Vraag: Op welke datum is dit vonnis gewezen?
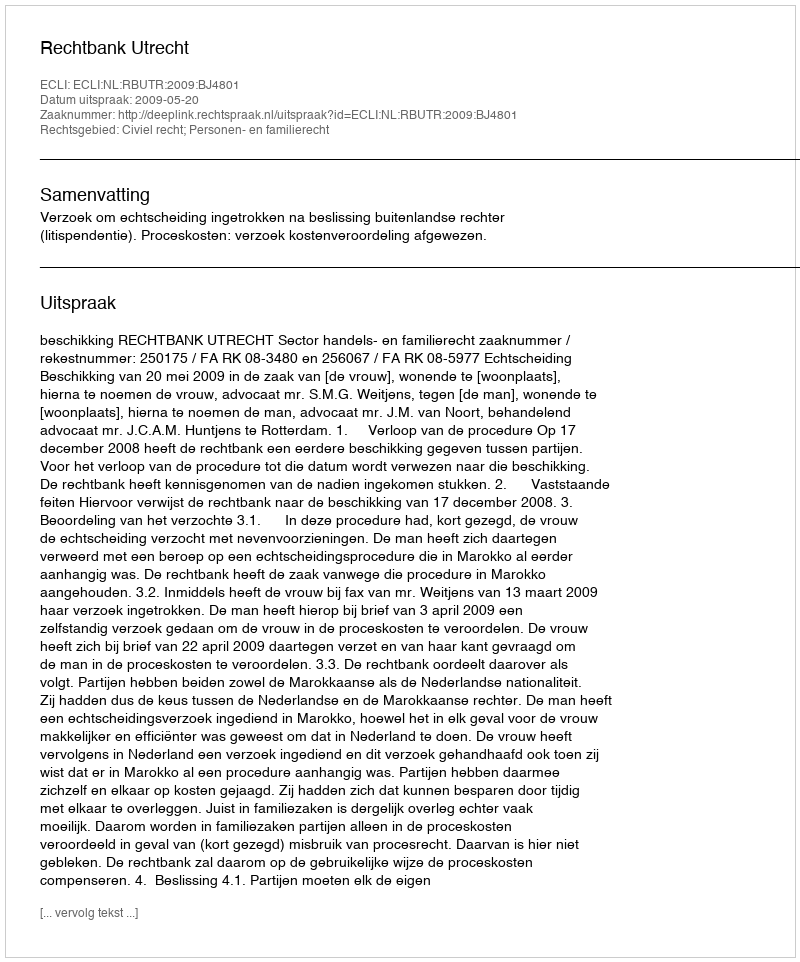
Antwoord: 2009-05-20